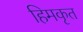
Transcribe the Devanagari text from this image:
हिमकृत